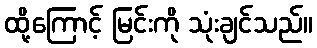
ထို့ကြောင့် မြင်းကို သုံးချင်သည်။